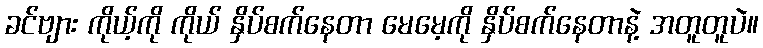
ခင်ဗျား ကိုယ့်ကို ကိုယ် နှိပ်စက်နေတာ မေမေ့ကို နှိပ်စက်နေတာနဲ့ အတူတူပဲ။